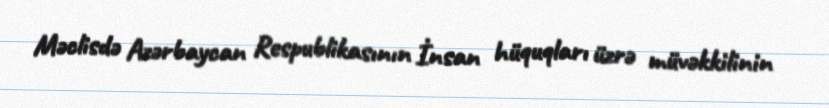
Məclisdə Azərbaycan Respublikasının İnsan hüquqları üzrə müvəkkilinin